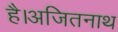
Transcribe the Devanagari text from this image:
है।अजितनाथ